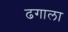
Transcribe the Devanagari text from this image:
ढगाला